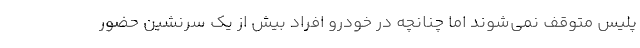
پلیس متوقف نمی‌شوند اما چنانچه در خودرو افراد بیش از یک سرنشین حضور